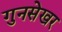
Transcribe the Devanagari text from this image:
गुनसेखर